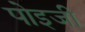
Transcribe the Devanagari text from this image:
पोइजी